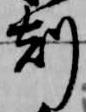
剋